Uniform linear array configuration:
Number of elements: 32
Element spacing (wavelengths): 0.5
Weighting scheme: kaiser
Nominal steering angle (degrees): -15
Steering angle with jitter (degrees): -14.557
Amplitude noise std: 0.05
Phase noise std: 0.05

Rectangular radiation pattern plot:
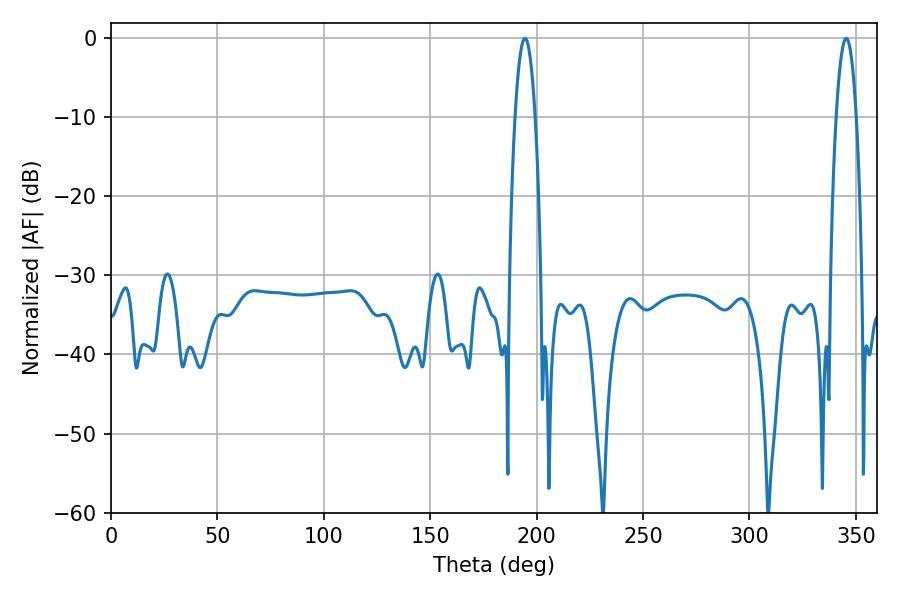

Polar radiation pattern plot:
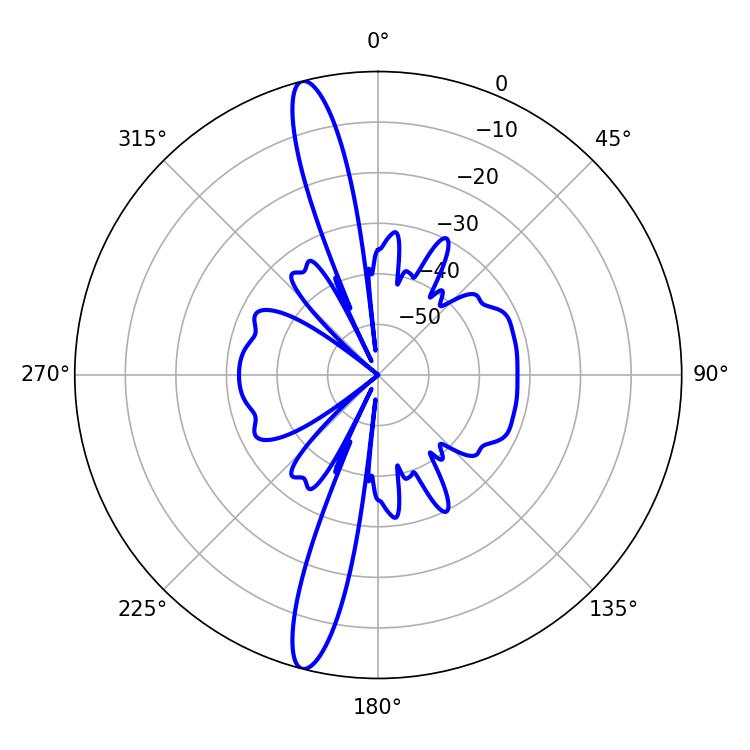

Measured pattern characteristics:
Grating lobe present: FALSE
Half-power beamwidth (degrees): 5.22
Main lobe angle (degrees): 345.42